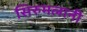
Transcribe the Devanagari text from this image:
सिरुमलानी